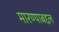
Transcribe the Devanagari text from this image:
मारण्याबद्दल